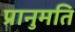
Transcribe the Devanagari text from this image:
प्रानुमति